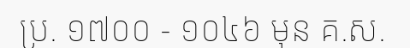
ប្រ. ១៧០០ - ១០៤៦ មុន គ.ស.